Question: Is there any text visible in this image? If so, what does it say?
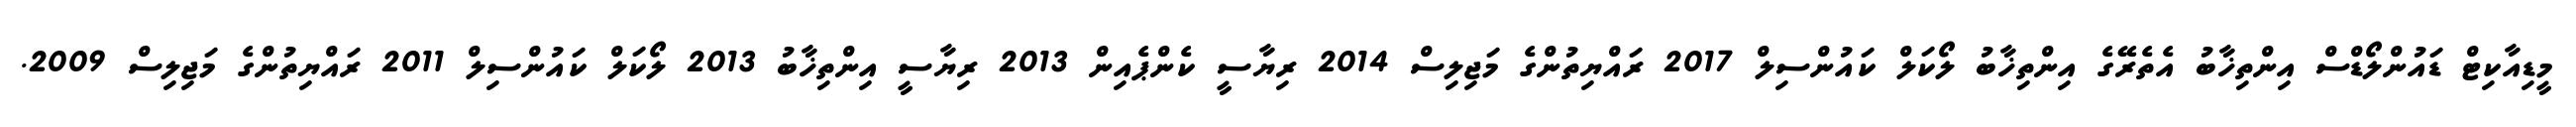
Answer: މީޑިއާކިޓް ޑައުންލޯޑްސް އިންތިޚާބު އެތެރޭގެ އިންތިޚާބު ލޯކަލް ކައުންސިލް 2017 ރައްޔިތުންގެ މަޖިލިސް 2014 ރިޔާސީ ކެންޕެއިން 2013 ރިޔާސީ އިންތިޚާބު 2013 ލޯކަލް ކައުންސިލް 2011 ރައްޔިތުންގެ މަޖިލިސް 2009.